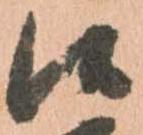
候